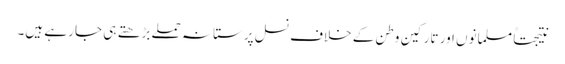
نتیجتاً مسلمانوں اور تارکینِ وطن کے خلاف نسل پرستانہ حملے بڑھتے ہی جا رہے ہیں۔